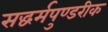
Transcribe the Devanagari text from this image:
सद्धर्मपुण्डरीक